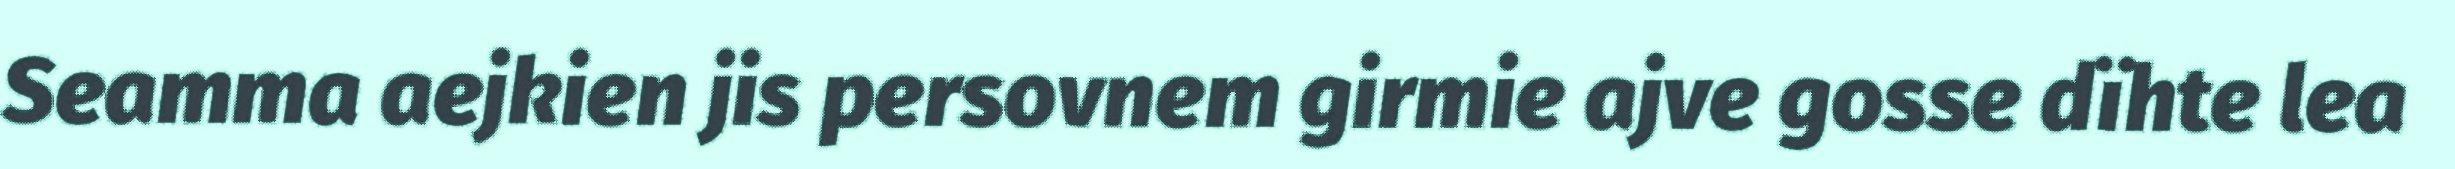
Seamma aejkien jis persovnem girmie ajve gosse dïhte lea